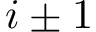
i \pm 1